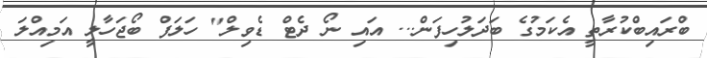
ބްރައިބްކުރާތީ އެކަމުގެ ބަދަލުހިފަން... އައި ނޯ ދެޓް ޑެވިލް" ހަލަފް ބޯޖަހާލީ އަމިއްލަ